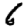
Digit: 6